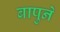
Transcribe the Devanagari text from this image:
बापुने